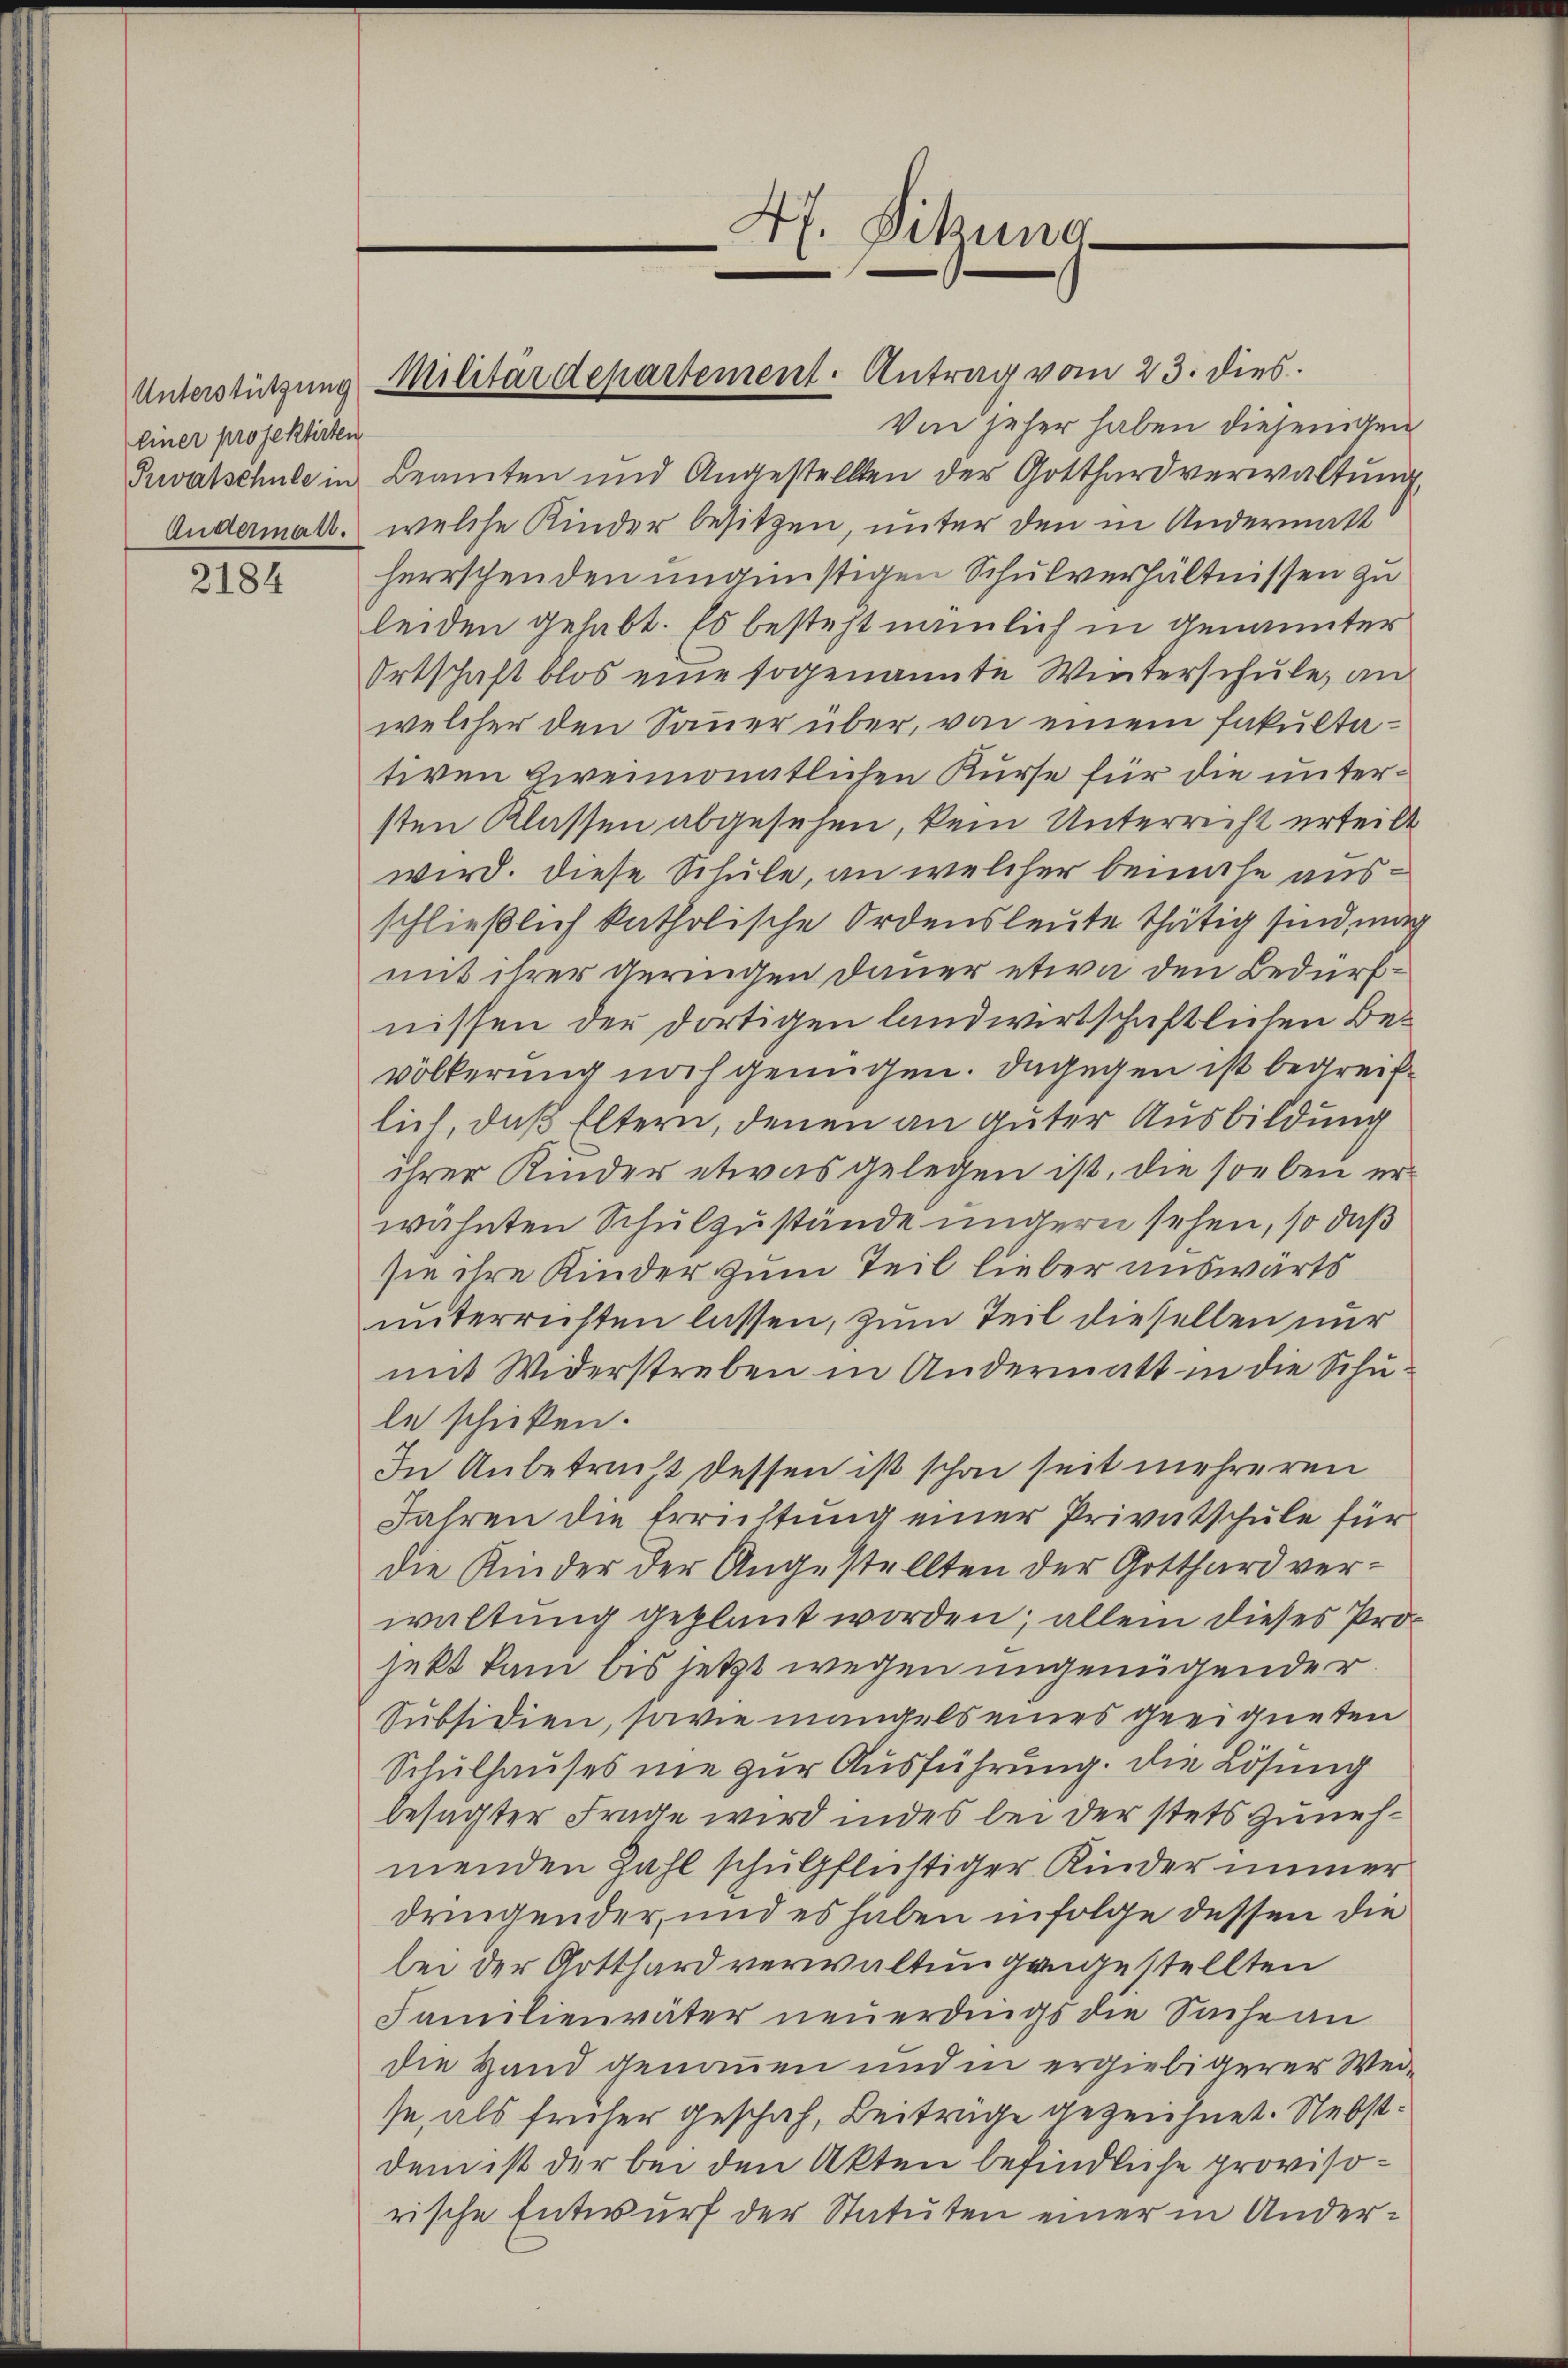
Einer projektirten

2184

Von jeher haben diejenigen
Tuvatschule in Beamten und Angestellten der Gotthard verwaltŭng
Andermalt, welche Kinder besitzen, unter den in Andermatt
herrschenden ungünstigen Schulverhältnissen zu
leiden gehabt. Es besteht nämlich in Genannter
Ortschaft blos eine sogenannte Winterschule, an
welcher den Sauer über, von einem Fakultativen zweimonatlichen Kurse für die untersten Klassen abgesehen, kein Unterrecht erteilt
wird. Diese Schule, an welcher beinahe ausschließlich katholische Ordensleute thätig sind, mach
mit ihrer geringen Dauer etwa den Bedürfnissen der dortigen landwirtschaftlichen Bevölkerung noch genügen. Dagegen ist begreiflich, daß Eltern, denen an guter Ausbildung
ihrer Kinder etwas gelegen ist, die soeben erwähnten Schulzustände undern sehen, so daß
sie ihre Kinder zum Teil lieber auswärts
unterrichten lassen, zum Teil dieselben nur
mit Widerstreben in Andermatt in die Schule schicken.
In Anbetracht dessen ist schon seit mehreren
Jahren die Errichtung einer Privatschule für
die Kinder der Angestellten der Gotthard verwaltung geplant worden; allein dieses Projekt kam bis letzt wegen ungenügender
Subsidien, sowie mangels eines geeigneten
Schulhauses nie zur Ausführung. Die Lösung
besagter Frage wird indes bei der stets zunehmenden Zahl schulpflichtiger Kinder immer
dringender, und es haben infolge dessen die
bei der Gotthard verwaltung angestellten
Familienväter neuerdings die Sache an
die Hand genommen und in ergiebigerer Weise, als früher geschah, Beiträge gezeichnet. Nebstdem ist der bei den Akten befindliche provisorische Entwurf der Statuten einer in Ander¬

Unterstützung Militärdepartement. Antrag vom 23. dies

47. Dikung